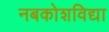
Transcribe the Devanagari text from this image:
नबकोशविद्या